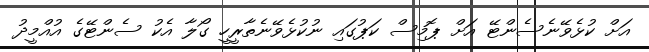
އަށް ކުޅެވޭނެސެންޓޭ އަށް ޕޮމިސް ކަޕުގައި ނުކުޅެވޭނެތާރީހީ ގޯލާ އެކު ސެންޓޭގެ އުއްމީދު